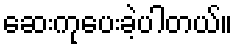
ဆေးကုပေးခဲ့ပါတယ်။